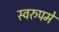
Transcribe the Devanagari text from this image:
स्वरुपमे